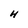
Character: H